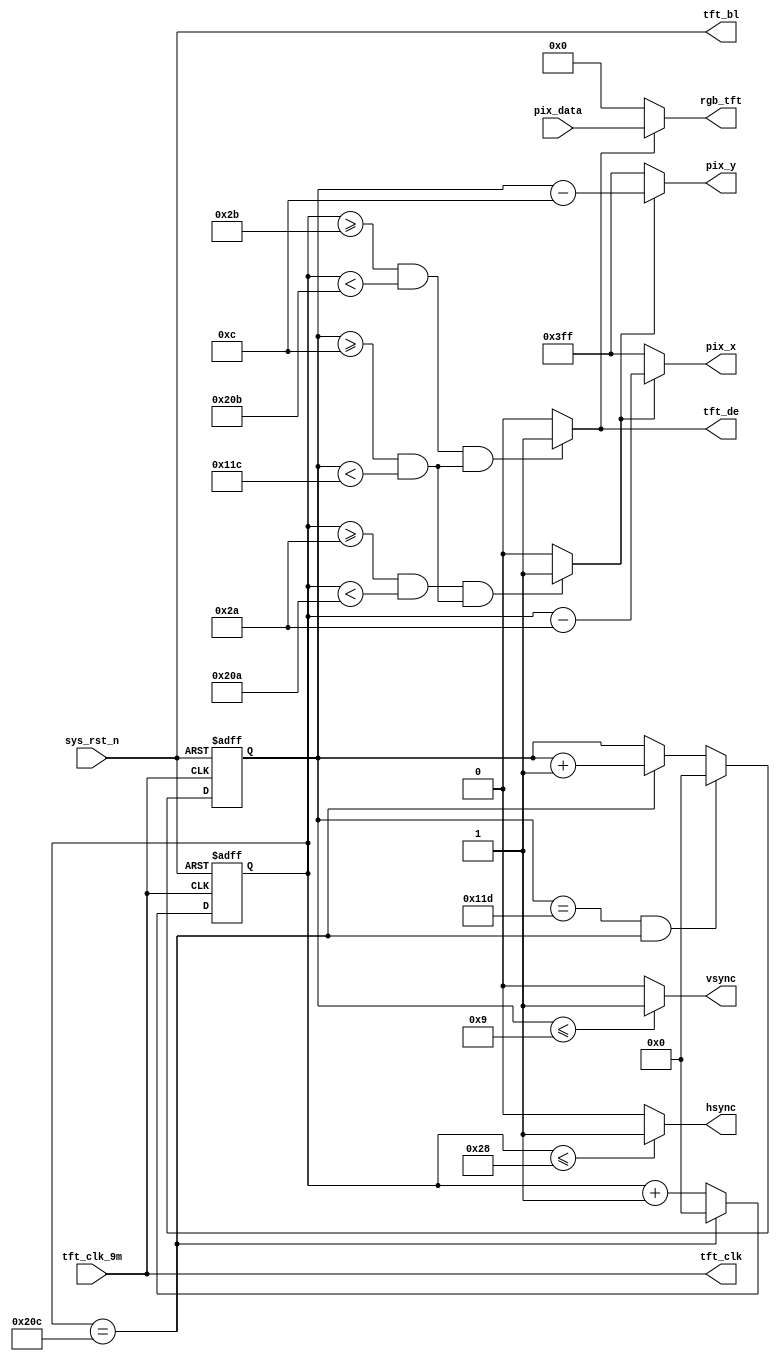
`timescale  1ns/1ns
////////////////////////////////////////////////////////////////////////
// Module Name   : tft_ctrl
// Project Name  : tft_char
// Target Devices: Altera EP4CE10F17C8N
// Tool Versions : Quartus 13.0
// Description   : TFT_LCD
// 
// Revision      : V1.0
// Additional Comments:
// 
// : _Pro_FPGA
//     : http://www.embedfire.com
//     : http://www.firebbs.cn
//     : https://fire-stm32.taobao.com
////////////////////////////////////////////////////////////////////////

module  tft_ctrl
(
    input   wire            tft_clk_9m  ,   //,9MHz
    input   wire            sys_rst_n   ,   //,
    input   wire    [15:0]  pix_data    ,   //

    output  wire    [9:0]   pix_x       ,   //TFTX
    output  wire    [9:0]   pix_y       ,   //TFTY
    output  wire    [15:0]  rgb_tft     ,   //TFT
    output  wire            hsync       ,   //TFT
    output  wire            vsync       ,   //TFT
    output  wire            tft_clk     ,   //TFT
    output  wire            tft_de      ,   //TFT
    output  wire            tft_bl          //TFT

);

//********************************************************************//
//****************** Parameter and Internal Signal *******************//
//********************************************************************//

//parameter define
parameter H_SYNC    =   10'd41  ,   //
          H_BACK    =   10'd2   ,   //
          H_VALID   =   10'd480 ,   //
          H_FRONT   =   10'd2   ,   //
          H_TOTAL   =   10'd525 ;   //
parameter V_SYNC    =   10'd10  ,   //
          V_BACK    =   10'd2   ,   //
          V_VALID   =   10'd272 ,   //
          V_FRONT   =   10'd2   ,   //
          V_TOTAL   =   10'd286 ;   //

//wire  define
wire            rgb_valid       ;   //VGA
wire            pix_data_req    ;   //

//reg   define
reg     [9:0]   cnt_h   ;   //
reg     [9:0]   cnt_v   ;   //

//********************************************************************//
//***************************** Main Code ****************************//
//********************************************************************//

//tft_clk,tft_de,tft_blTFT
assign  tft_clk = tft_clk_9m    ;
assign  tft_de  = rgb_valid     ;
assign  tft_bl  = sys_rst_n     ;

//cnt_h:
always@(posedge tft_clk_9m or  negedge sys_rst_n)
    if(sys_rst_n == 1'b0)
        cnt_h   <=  10'd0   ;
    else    if(cnt_h == H_TOTAL - 1'd1)
        cnt_h   <=  10'd0   ;
    else
        cnt_h   <=  cnt_h + 1'd1   ;

//hsync:
assign  hsync = (cnt_h  <=  H_SYNC - 1'd1) ? 1'b1 : 1'b0  ;

//cnt_v:
always@(posedge tft_clk_9m or  negedge sys_rst_n)
    if(sys_rst_n == 1'b0)
        cnt_v   <=  10'd0 ;
    else    if((cnt_v == V_TOTAL - 1'd1) &&  (cnt_h == H_TOTAL-1'd1))
        cnt_v   <=  10'd0 ;
    else    if(cnt_h == H_TOTAL - 1'd1)
        cnt_v   <=  cnt_v + 1'd1 ;
    else
        cnt_v   <=  cnt_v ;

//vsync:
assign  vsync = (cnt_v  <=  V_SYNC - 1'd1) ? 1'b1 : 1'b0  ;

//rgb_valid:VGA
assign  rgb_valid = (((cnt_h >= H_SYNC + H_BACK)
                    && (cnt_h < H_SYNC + H_BACK + H_VALID))
                    &&((cnt_v >= V_SYNC + V_BACK)
                    && (cnt_v < V_SYNC + V_BACK + V_VALID)))
                    ? 1'b1 : 1'b0;

//pix_data_req:,rgb_valid
assign  pix_data_req = (((cnt_h >= H_SYNC + H_BACK - 1'b1)
                    && (cnt_h < H_SYNC + H_BACK + H_VALID - 1'b1))
                    &&((cnt_v >= V_SYNC + V_BACK)
                    && (cnt_v < V_SYNC + V_BACK + V_VALID)))
                    ? 1'b1 : 1'b0;

//pix_x,pix_y:VGA
assign  pix_x = (pix_data_req == 1'b1)
                ? (cnt_h - (H_SYNC + H_BACK - 1'b1)) : 10'h3ff;
assign  pix_y = (pix_data_req == 1'b1)
                ? (cnt_v - (V_SYNC + V_BACK )) : 10'h3ff;

//rgb_tft:
assign  rgb_tft = (rgb_valid == 1'b1) ? pix_data : 16'b0 ;

endmodule